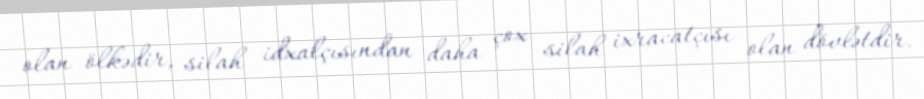
olan ölkədir, silah idxalçısından daha çox silah ixracatçısı olan dövlətdir.